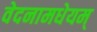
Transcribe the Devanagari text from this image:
वेदनामधेयम्